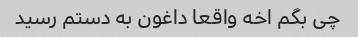
چی بگم اخه واقعا داغون به دستم رسید